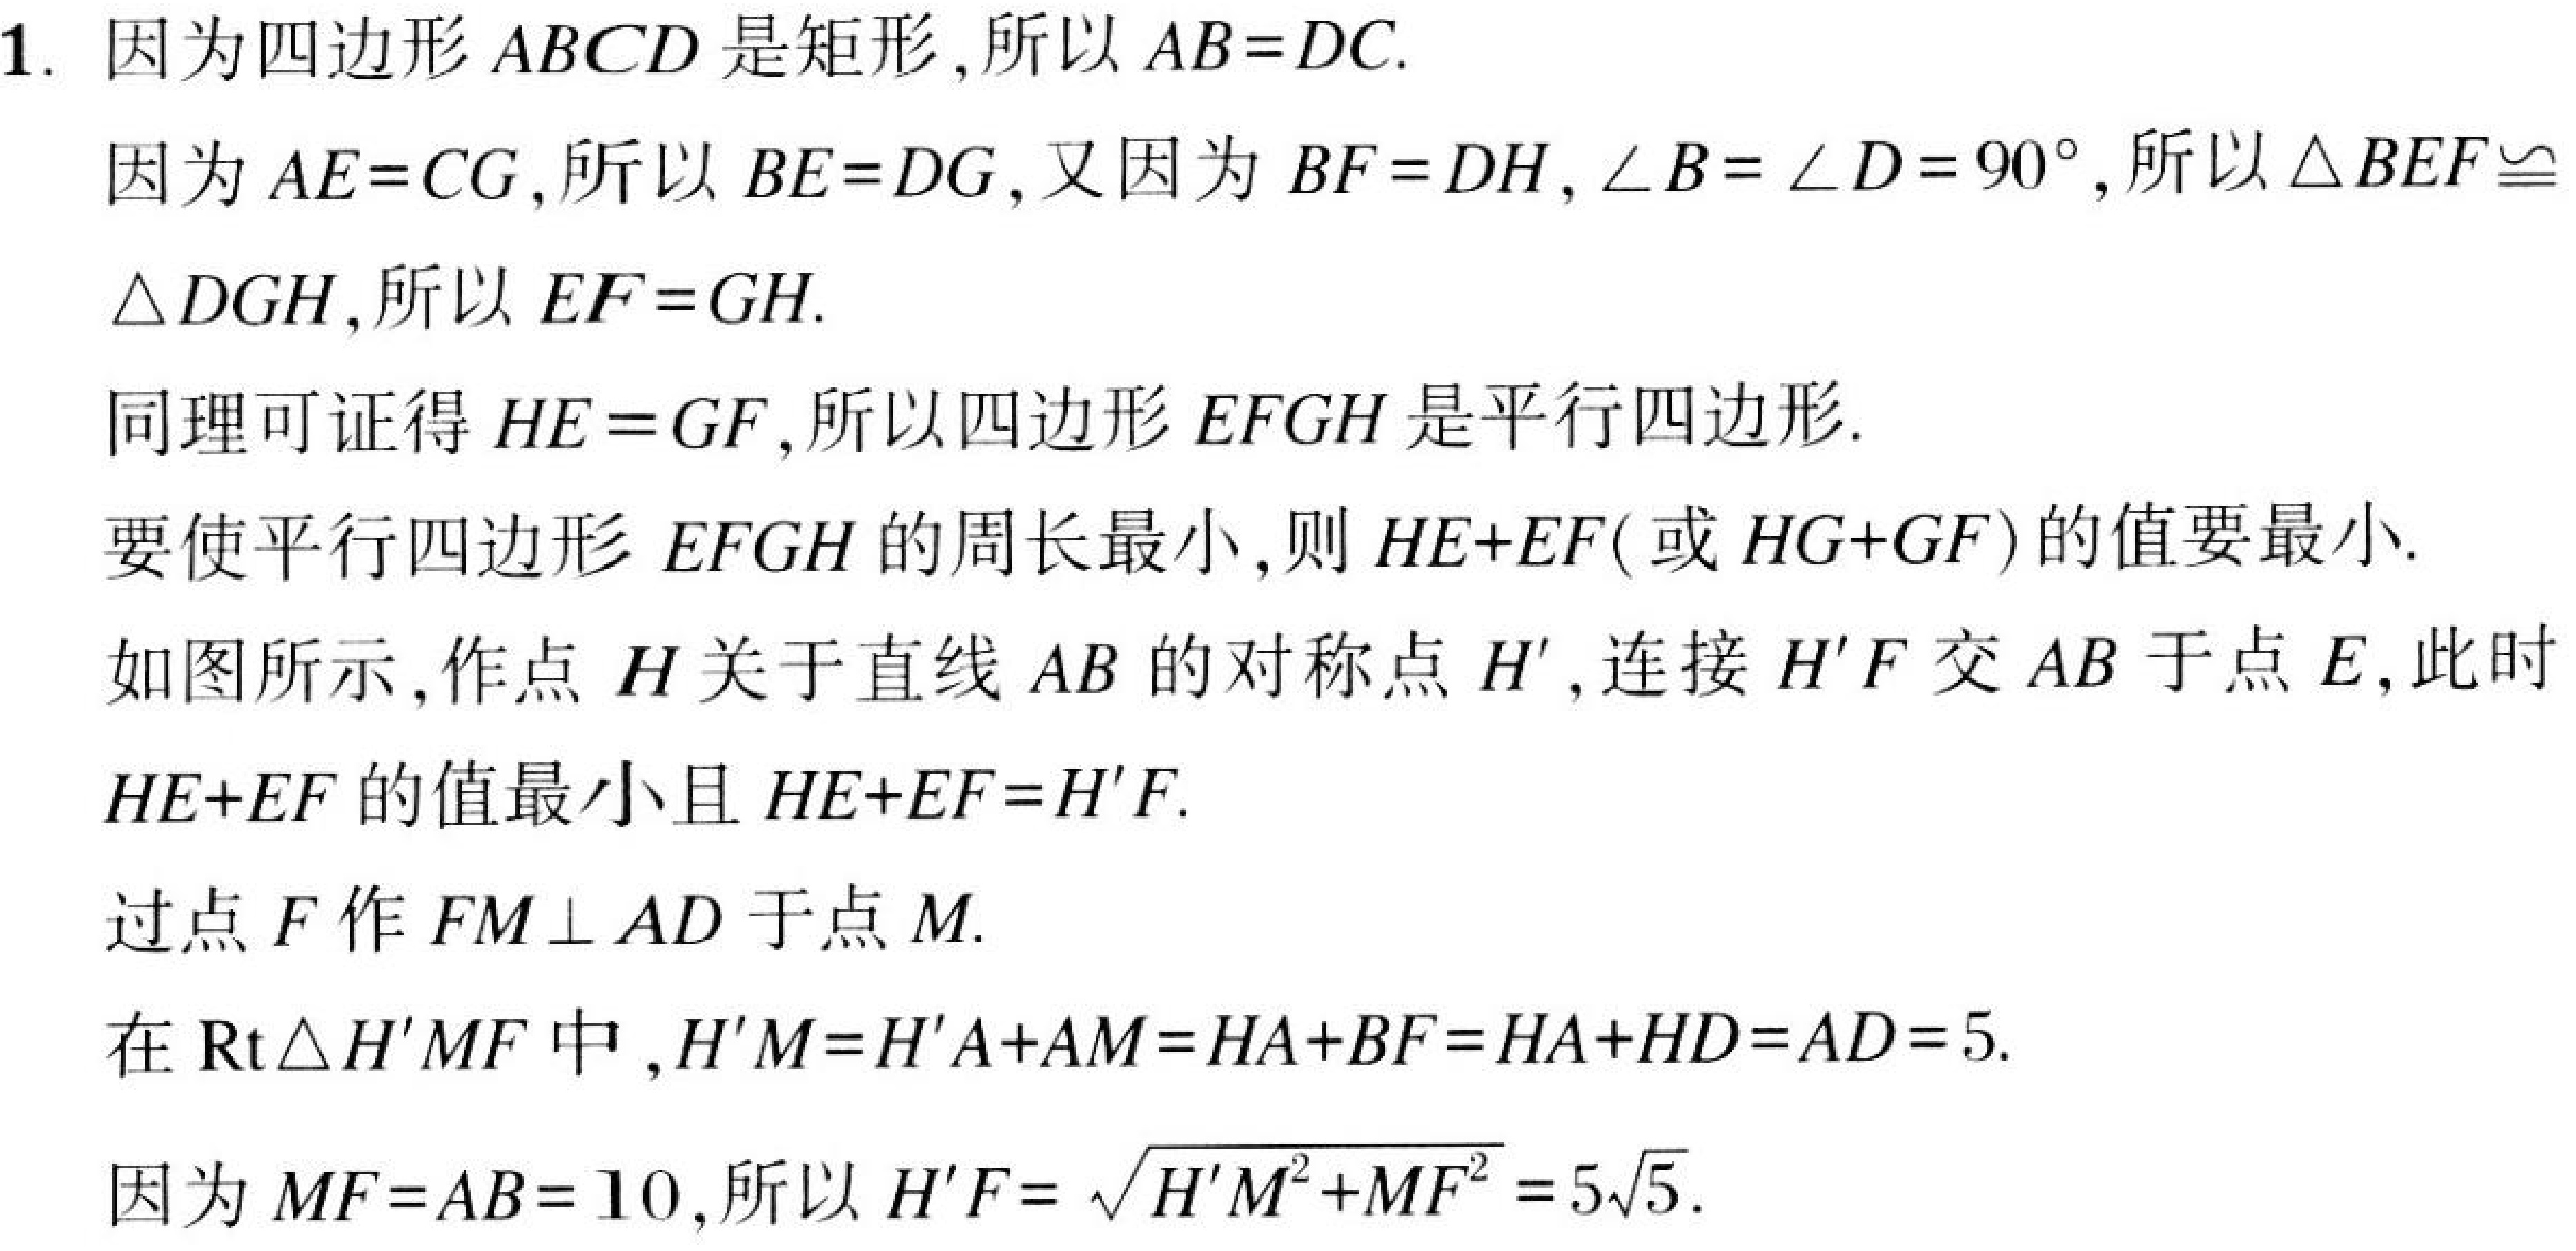
1. 因为四边形 \(ABCD\) 是矩形,所以 \(AB = DC\).
因为 \(AE = CG\),所以 \(BE = DG\), 又因为 \(BF = DH\), \(\angle B=\angle D = 90^{\circ}\),所以 \(\triangle BEF\cong\triangle DGH\),所以 \(EF = GH\).
同理可证得 \(HE = GF\),所以四边形 \(EFGH\) 是平行四边形.
要使平行四边形 \(EFGH\) 的周长最小,则 \(HE + EF\) (或 \(HG + GF\)) 的值要最小.
如图所示,作点 \(H\) 关于直线 \(AB\) 的对称点 \(H'\),连接 \(H'F\) 交 \(AB\) 于点 \(E\),此时 \(HE + EF\) 的值最小且 \(HE + EF=H'F\).
过点 \(F\) 作 \(FM\perp AD\) 于点 \(M\).
在 \(\text{Rt}\triangle H'MF\) 中 , \(H'M=H'A + AM=HA + BF=HA + HD=AD = 5\).
因为 \(MF = AB = 10\),所以 \(H'F=\sqrt{H'M^{2}+MF^{2}} = 5\sqrt{5}\).